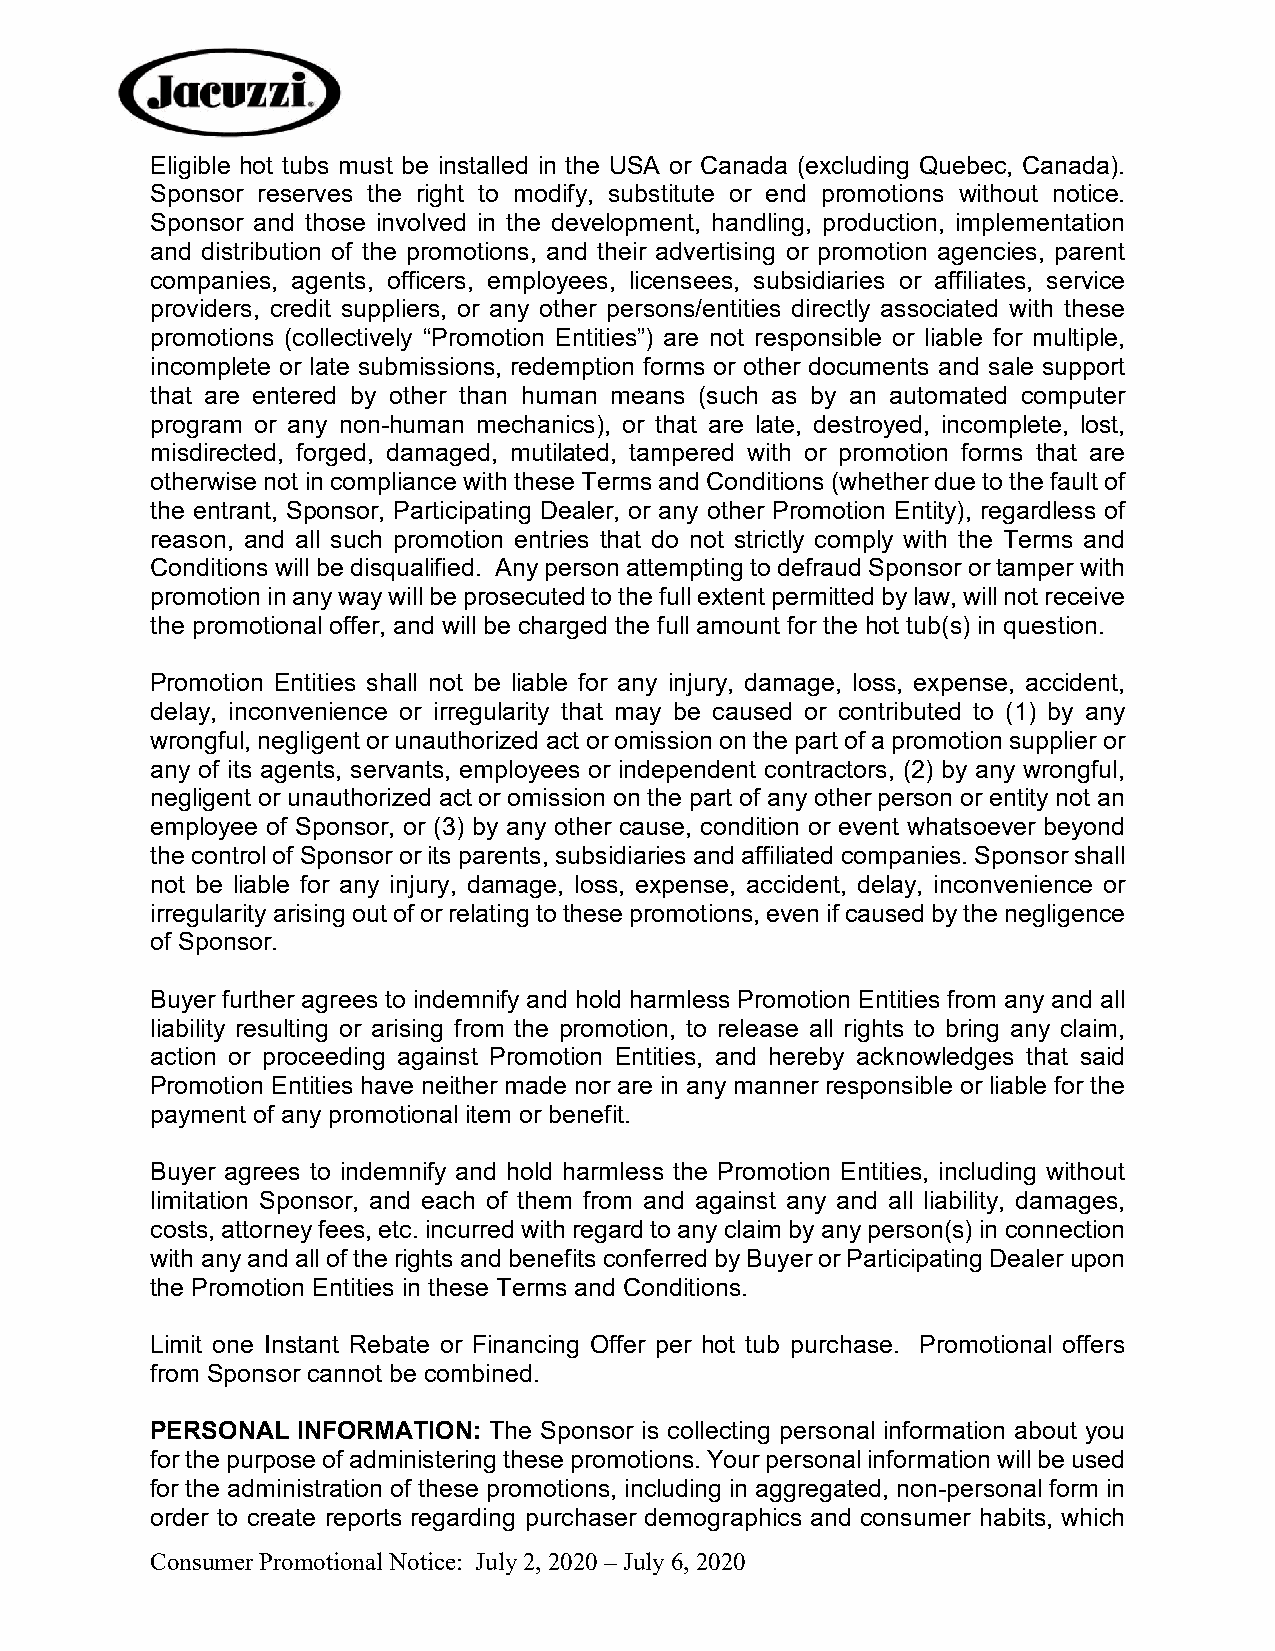
Eligible hot tubs must be installed in the USA or Canada (excluding Quebec, Canada).
 Sponsor reserves the right to modify, substitute or end promotions without notice.
 Sponsor and those involved in the development, handling, production, implementation
 and distribution of the promotions, and their advertising or promotion agencies, parent
 companies, agents, officers, employees, licensees, subsidiaries or affiliates, service
 providers, credit suppliers, or any other persons/entities directly associated with these
 promotions (collectively “Promotion Entities”) are not responsible or liable for multiple,
 incomplete or late submissions, redemption forms or other documents and sale support
 that are entered by other than human means (such as by an automated computer
 program or any non-human mechanics), or that are late, destroyed, incomplete, lost,
 misdirected, forged, damaged, mutilated, tampered with or promotion forms that are
 otherwise not in compliance with these Terms and Conditions (whether due to the fault of
 the entrant, Sponsor, Participating Dealer, or any other Promotion Entity), regardless of
 reason, and all such promotion entries that do not strictly comply with the Terms and
 Conditions will be disqualified. Any person attempting to defraud Sponsor or tamper with
 promotion in any way will be prosecuted to the full extent permitted by law, will not receive
 the promotional offer, and will be charged the full amount for the hot tub(s) in question.
 Promotion Entities shall not be liable for any injury, damage, loss, expense, accident,
 delay, inconvenience or irregularity that may be caused or contributed to (1) by any
 wrongful, negligent or unauthorized act or omission on the part of a promotion supplier or
 any of its agents, servants, employees or independent contractors, (2) by any wrongful,
 negligent or unauthorized act or omission on the part of any other person or entity not an
 employee of Sponsor, or (3) by any other cause, condition or event whatsoever beyond
 the control of Sponsor or its parents, subsidiaries and affiliated companies. Sponsor shall
 not be liable for any injury, damage, loss, expense, accident, delay, inconvenience or
 irregularity arising out of or relating to these promotions, even if caused by the negligence
 of Sponsor.
 Buyer further agrees to indemnify and hold harmless Promotion Entities from any and all
 liability resulting or arising from the promotion, to release all rights to bring any claim,
 action or proceeding against Promotion Entities, and hereby acknowledges that said
 Promotion Entities have neither made nor are in any manner responsible or liable for the
 payment of any promotional item or benefit.
 Buyer agrees to indemnify and hold harmless the Promotion Entities, including without
 limitation Sponsor, and each of them from and against any and all liability, damages,
 costs, attorney fees, etc. incurred with regard to any claim by any person(s) in connection
 with any and all of the rights and benefits conferred by Buyer or Participating Dealer upon
 the Promotion Entities in these Terms and Conditions.
 Limit one Instant Rebate or Financing Offer per hot tub purchase. Promotional offers
 from Sponsor cannot be combined.
 PERSONAL  INFORMATION: The Sponsor is collecting personal information about you
 for the purpose of administering these promotions. Your personal information will be used
 for the administration of these promotions, including in aggregated, non-personal form in
 order to create reports regarding purchaser demographics and consumer habits, which
 Consumer Promotional Notice: July 2, 2020 – July 6, 2020